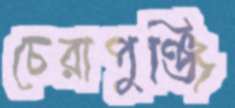
চেরাপুঞ্জি